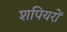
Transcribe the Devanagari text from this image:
शपियरों